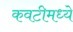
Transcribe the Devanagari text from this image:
कवटीमध्ये